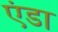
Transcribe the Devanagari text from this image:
एंडा